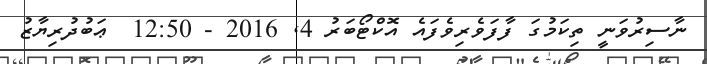
ނާސިރުވަނީ ތިކަމުގަ ފާފަވެރިވެފައެ އޮކްޓޯބަރު 4